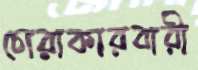
চোরাকারবারী